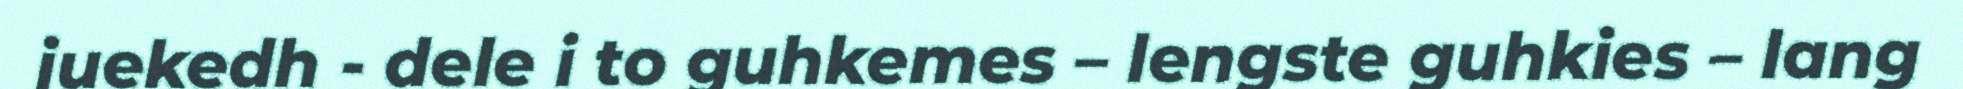
juekedh - dele i to guhkemes – lengste guhkies – lang